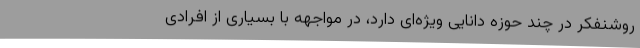
روشنفکر در چند حوزه دانایی ویژه‌ای دارد، در مواجهه با بسیاری از افرادی